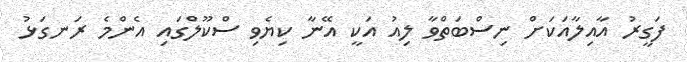
ފަގީރު އާއިލާއަކަށް ނިސްބަތްވާ ލިއު އަކީ އޭނާ ކިޔެވި ސްކޫލްގައި އެންމެ ރަނގަޅު